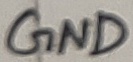
Text: GND